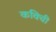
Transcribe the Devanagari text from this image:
कविची